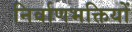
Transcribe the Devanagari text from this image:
निर्वाणभक्तियों